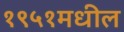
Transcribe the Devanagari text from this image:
१९५१मधील